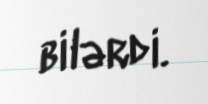
bilərdi.